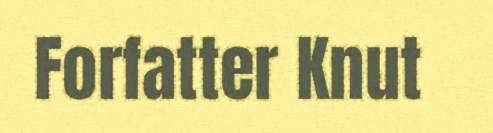
Forfatter Knut